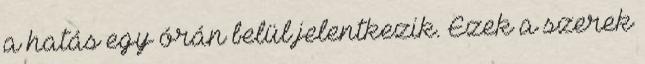
a hatás egy órán belül jelentkezik. Ezek a szerek